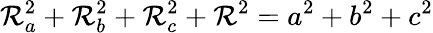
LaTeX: \displaystyle\mathcal{R}_{a}^{2}+\mathcal{R}_{b}^{2}+\mathcal{R}_{c}^{2}+\mathcal{R}^{2}=a^{2}+b^{2}+c^{2}